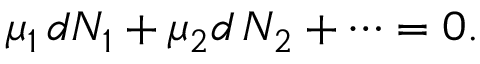
\mu _ { 1 } \, d N _ { 1 } + \mu _ { 2 } d \, N _ { 2 } + \dots = 0 .